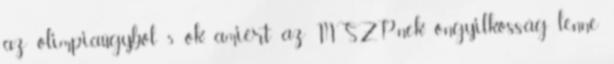
az olimpiaügyből 5 ok, amiért az MSZP-nek öngyilkosság lenne